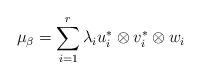
LaTeX: \begin{align*}\mu_\beta = \sum_{i=1}^{r} \lambda_i u_{i}^*\otimes v_{i}^*\otimes w_{i}\end{align*}